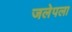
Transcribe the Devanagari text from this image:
जलेपला